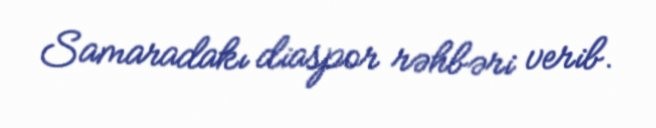
Samaradakı diaspor rəhbəri verib.